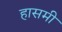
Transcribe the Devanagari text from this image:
हासमी